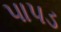
પાપડ